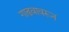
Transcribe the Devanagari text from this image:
गाढवावरून